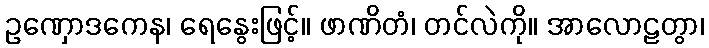
ဥဏှောဒကေန၊ ရေနွေးဖြင့်။ ဖာဏိတံ၊ တင်လဲကို။ အာလောဠတွာ၊